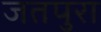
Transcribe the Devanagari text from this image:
जतपुरा